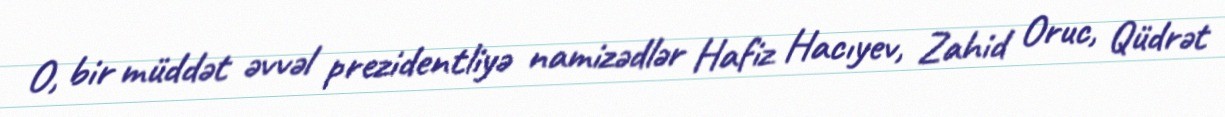
O, bir müddət əvvəl prezidentliyə namizədlər Hafiz Hacıyev, Zahid Oruc, Qüdrət